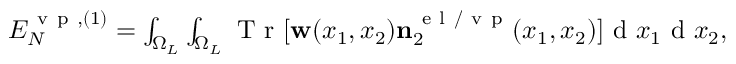
\begin{array} { r } { { \cal E } _ { N } ^ { \ensuremath { \mathrm { ~ v ~ p ~ } } , ( 1 ) } = \int _ { \Omega _ { L } } \int _ { \Omega _ { L } } \ensuremath { \mathrm { ~ T ~ r ~ } } [ \ensuremath { \mathbf { w } } ( x _ { 1 } , x _ { 2 } ) \ensuremath { \mathbf { n } } _ { 2 } ^ { \ensuremath { \mathrm { ~ e ~ l ~ } } / \ensuremath { \mathrm { ~ v ~ p ~ } } } ( x _ { 1 } , x _ { 2 } ) ] \ensuremath { \mathrm { ~ d ~ } } x _ { 1 } \ensuremath { \mathrm { ~ d ~ } } x _ { 2 } , } \end{array}